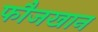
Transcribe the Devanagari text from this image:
फौजखान